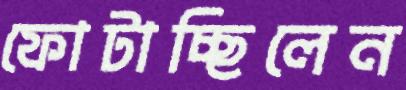
ফোটাচ্ছিলেন